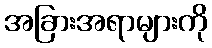
အခြားအရာများကို